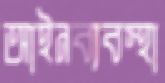
আইনব্যবস্থা